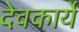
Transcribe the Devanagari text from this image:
देवकार्ये